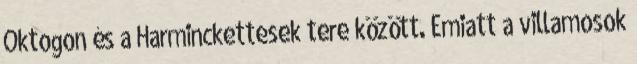
Oktogon és a Harminckettesek tere között. Emiatt a villamosok